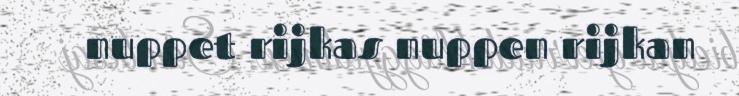
nuppet rijkas nuppen rijkan